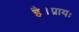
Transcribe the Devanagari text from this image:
है।प्रायः